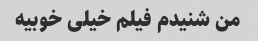
من شنیدم فیلم خیلی خوبیه